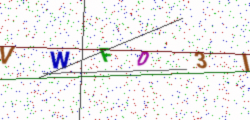
Text: VWFD3I